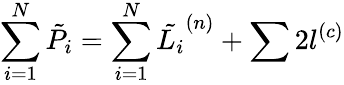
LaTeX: \sum_{i=1}^{N}\tilde{P_{i}}=\sum_{i=1}^{N}\tilde{L_{i}}^{(n)}+\sum 2l^{(c)}